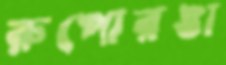
রুপোরঙা